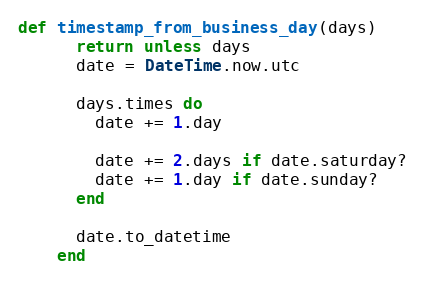
Language: Ruby
def timestamp_from_business_day(days)
      return unless days
      date = DateTime.now.utc

      days.times do
        date += 1.day

        date += 2.days if date.saturday?
        date += 1.day if date.sunday?
      end

      date.to_datetime
    end